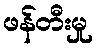
ဖန်တီးမှု